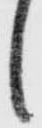
候